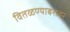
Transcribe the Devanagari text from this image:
वितळण्याबरोबर